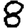
Digit: 8